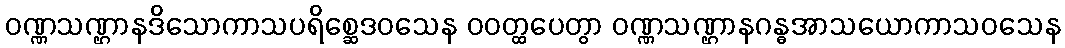
ဝဏ္ဏသဏ္ဌာနဒိသောကာသပရိစ္ဆေဒဝသေန ဝဝတ္ထပေတွာ ဝဏ္ဏသဏ္ဌာနဂန္ဓအာသယောကာသဝသေန